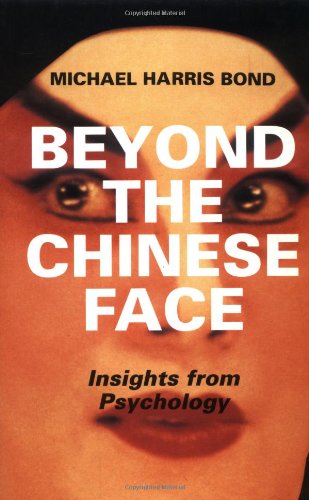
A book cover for Beyond the Chinese Face: Insights from Psychology; Michael Harris Bond; Science & Math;